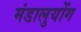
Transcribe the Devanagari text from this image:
मंडालुयोंग